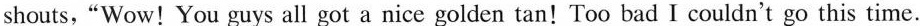
shouts,"Wow! You guys all got a nice golden tan!Too bad I couldn't go this time.